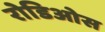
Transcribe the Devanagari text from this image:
रोडिओस